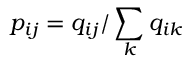
p _ { i j } = q _ { i j } / \sum _ { k } q _ { i k }